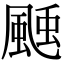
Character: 𩗝